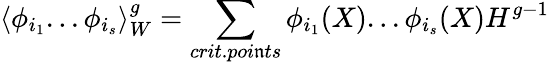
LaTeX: \langle\phi_{i_{1}}...\phi_{i_{s}}\rangle_{W}^{g}=\sum_{crit.poi\mathfrak{n}ts}\phi_{i_{1}}(X)...\phi_{i_{s}}(X)H^{g-1}